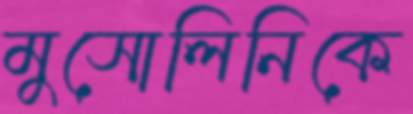
মুসোলিনিকে